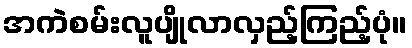
အကဲစမ်းလူပျိုလာလှည့်ကြည့်ပုံ။